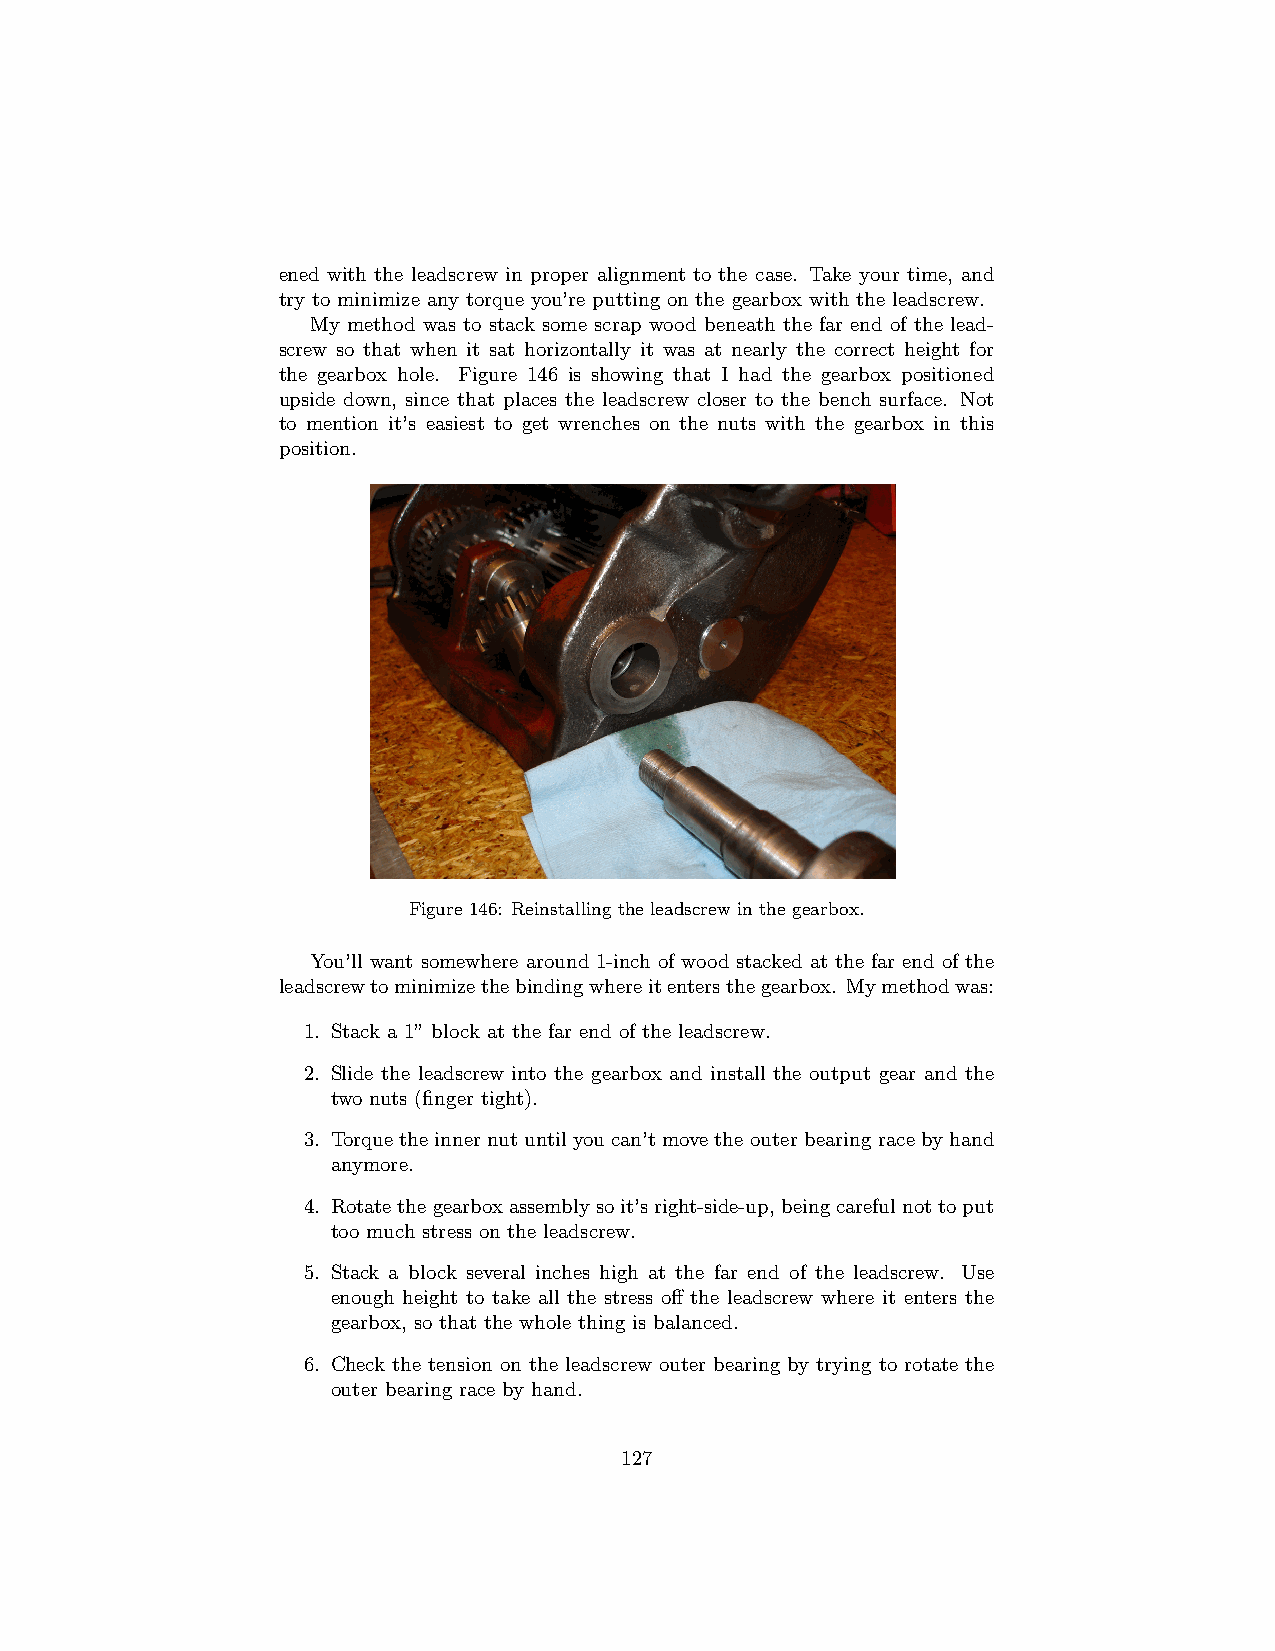
ened with the leadscrew in proper alignment to the case. Take your time, and
 try to minimize any torque you’re putting on the gearbox with the leadscrew.
 My method was to stack some scrap wood beneath the far end of the lead-
 screw so that when it sat horizontally it was at nearly the correct height for
 the gearbox hole. Figure 146 is showing that I had the gearbox positioned
 upside down, since that places the leadscrew closer to the bench surface. Not
 to mention it’s easiest to get wrenches on the nuts with the gearbox in this
 position.
 Figure 146: Reinstalling the leadscrew in the gearbox.
 You’ll want somewhere around 1-inch of wood stacked at the far end of the
 leadscrewtominimizethebindingwhereitentersthegearbox. Mymethodwas:
 1. Stack a 1” block at the far end of the leadscrew.
 2. Slide the leadscrew into the gearbox and install the output gear and the
 two nuts (finger tight).
 3. Torque the inner nut until you can’t move the outer bearing race by hand
 anymore.
 4. Rotatethegearboxassemblysoit’sright-side-up,beingcarefulnottoput
 too much stress on the leadscrew.
 5. Stack a block several inches high at the far end of the leadscrew. Use
 enough height to take all the stress off the leadscrew where it enters the
 gearbox, so that the whole thing is balanced.
 6. Check the tension on the leadscrew outer bearing by trying to rotate the
 outer bearing race by hand.
 127